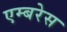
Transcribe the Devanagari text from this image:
एम्बरेस